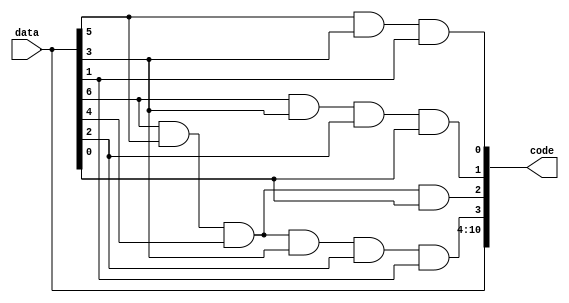
module HammingEncoder(data,code);

input wire [6:0]data;
output wire [10:0]code;

assign code[10:4] = data;
assign code[3] = data[6]&&data[5]&&data[4]&&data[3]&&data[2]&&data[1];
assign code[2] = data[6]&&data[5]&&data[4]&&data[0];
assign code[1] = data[6]&&data[3]&&data[2]&&data[0];
assign code[0] = data[5]&&data[3]&&data[1];

endmodule